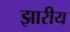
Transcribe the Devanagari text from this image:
झारीय